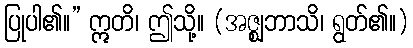
ပြုပါ၏။” ဣတိ၊ ဤသို့။ (အဇ္ဈဘာသိ၊ ရွတ်၏။)